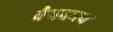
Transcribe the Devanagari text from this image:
वैभवमय